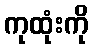
ကုထုံးကို